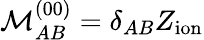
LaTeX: \mathcal{M}_{AB}^{(00)}=\delta_{AB}Z_{\mathrm{ion}}